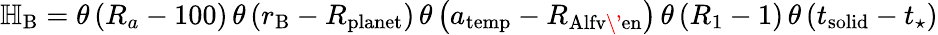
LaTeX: \begin{array}{r}{\mathbb H_{\mathrm{B}}=\theta\left(R_{a}-100\right)\, \theta\left(r_{\mathrm{B}}-R_{\mathrm{planet}}\right)\, \theta\left(a_{\mathrm{temp}}-R_{\mathrm{Alfv\' en}}\right)\, \theta\left(R_{1}-1\right)\, \theta\left(t_{\mathrm{solid}}-t_{\star}\right)}\end{array}